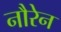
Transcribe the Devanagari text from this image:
नौरेन